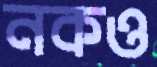
নকও